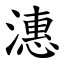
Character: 潓